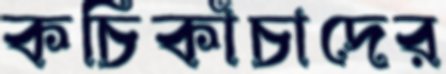
কচিকাঁচাদের